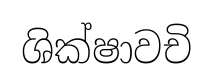
ශික්ෂාවචි